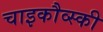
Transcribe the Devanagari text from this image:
चाइकौव्स्की